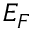
E _ { F }